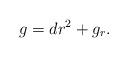
LaTeX: \begin{align*}g=dr^{2}+g_{r}.\end{align*}